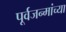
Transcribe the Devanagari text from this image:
पूर्वजन्मांच्या